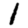
Digit: 1